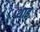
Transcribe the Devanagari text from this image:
थाइ